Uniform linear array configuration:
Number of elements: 16
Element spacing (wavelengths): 0.75
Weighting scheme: hamming
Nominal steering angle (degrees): -60
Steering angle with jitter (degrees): -58.184
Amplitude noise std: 0.05
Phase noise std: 0.05

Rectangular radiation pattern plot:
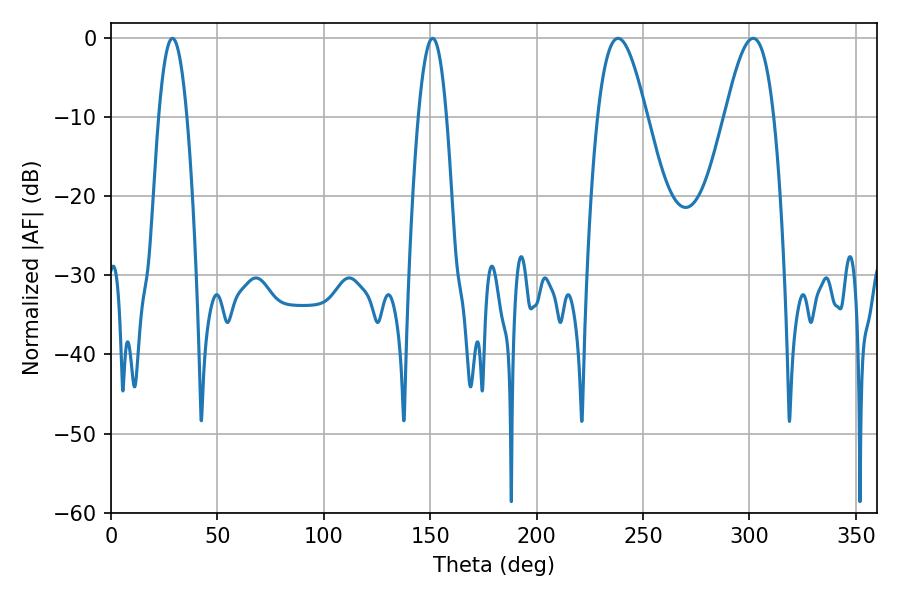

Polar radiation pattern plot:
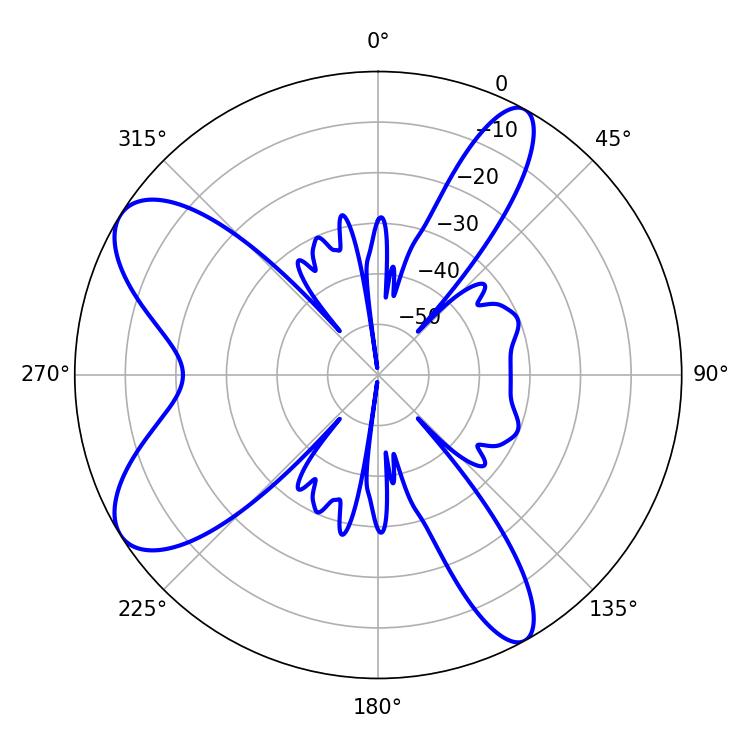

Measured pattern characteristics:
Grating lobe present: TRUE
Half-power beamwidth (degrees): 12.6
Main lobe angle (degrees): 238.32